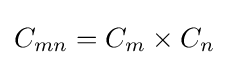
C_{mn}=C_{m}\times C_{n}